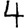
Digit: 4